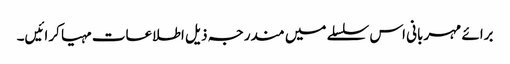
برائے مہربانی اس سلسلے میں مندرجہ ذیل اطلاعات مہیا کرائیں۔